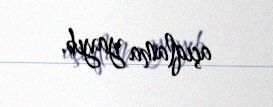
açıqlama yayıb.